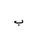
Letter: _ba